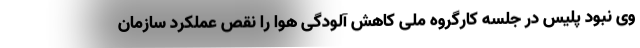
وی نبود پلیس در جلسه کارگروه ملی کاهش آلودگی هوا را نقص عملکرد سازمان